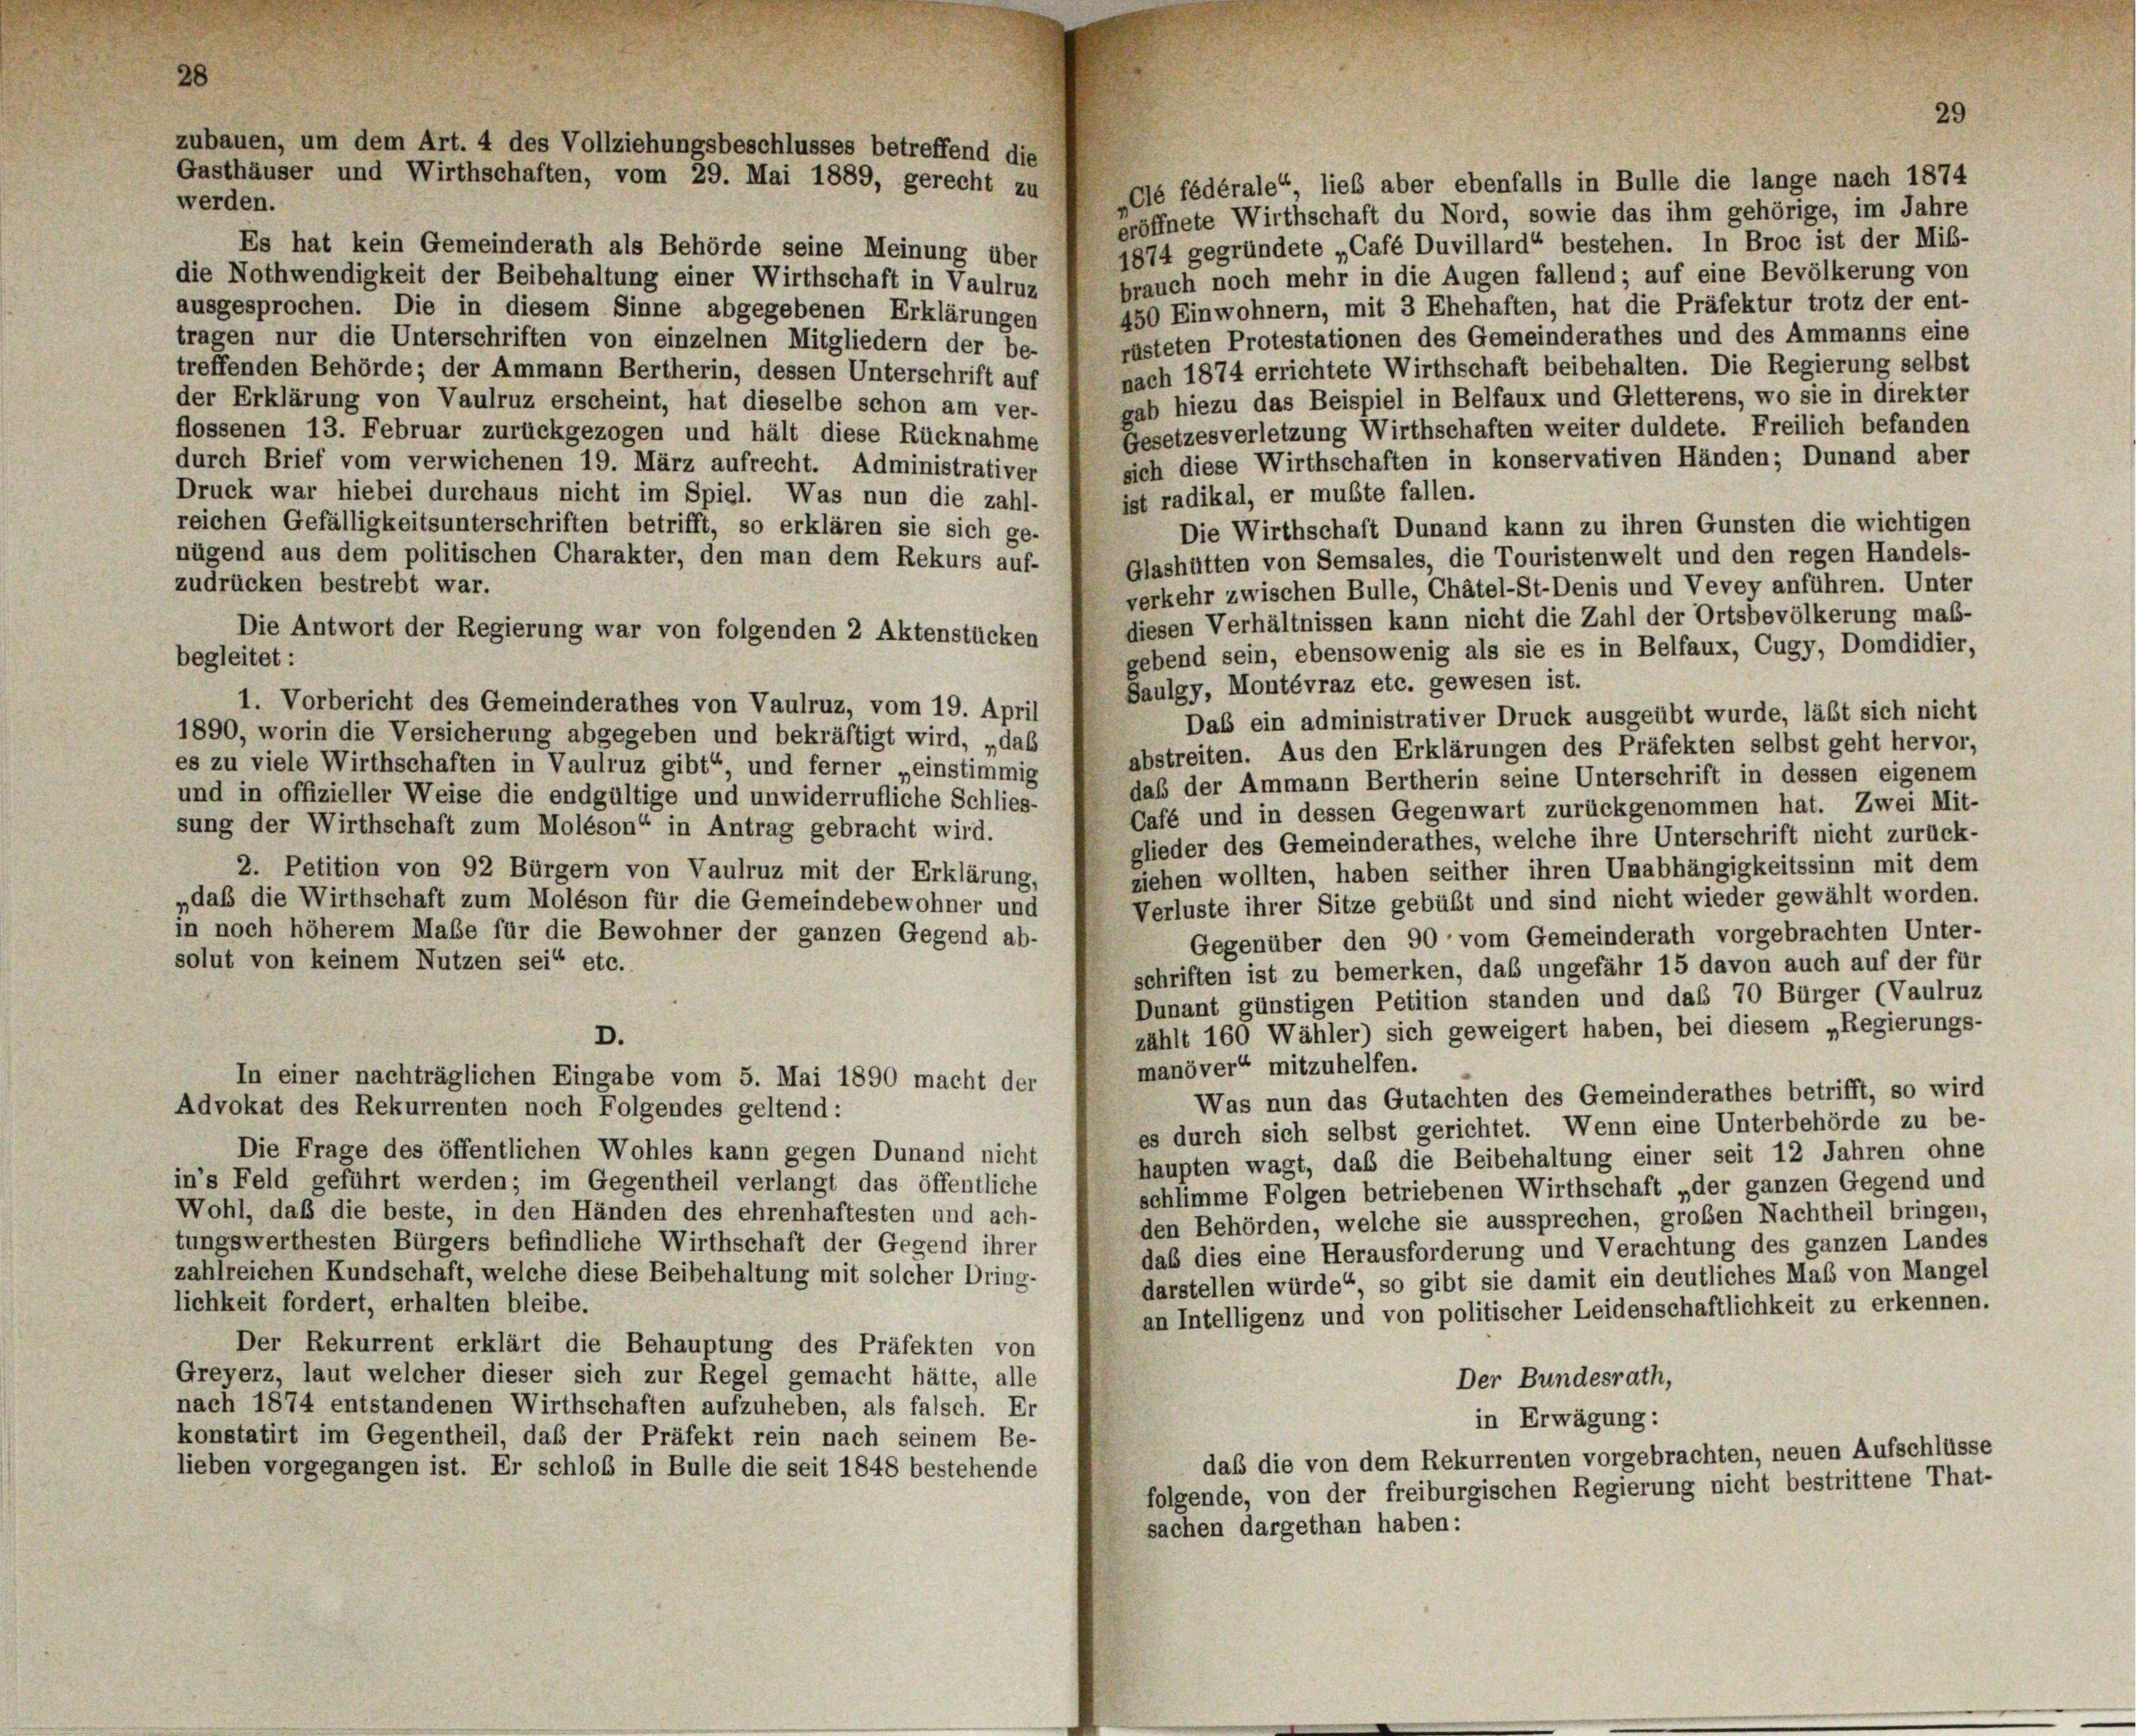
Clé fédérale“, lieb aber ebenfalls in Bulle die lange nach 1874
werden.
eröffnete Wirthschaft du Nord, sowie das ihm gehörige, im Jahre
1874 gegründete „Café Duvillard“ bestehen. In Broc ist der Miß-
Es hat kein Gemeinderath als Behörde seine Meinung über
brauch noch mehr in die Augen fallend; auf eine Bevölkerung von
die Nothwendigkeit der Beibehaltung einer Wirthschaft in Vaulruz
450 Einwohnern, mit 3 Ehehaften, hat die Präfektur trotz der ent-
ausgesprochen. Die in diesem Sinne abgegebenen Erklärungen
rüsteten Protestationen des Gemeinderathes und des Ammanns eine
tragen nur die Unterschriften von einzelnen Mitgliedern der be-
nach 1874 errichtete Wirthschaft beibehalten. Die Regierung selbst
treffenden Behörde; der Ammann Bertherin, dessen Unterschrift auf
gab hiezu das Beispiel in Belfaux und Gletterens, wo sie in direkter
der Erklärung von Vaulruz erscheint, hat dieselbe schon am ver-
Gesetzesverletzung Wirthschaften weiter duldete. Freilich befanden
flossenen 13. Februar zurückgezogen und hält diese Rücknahme
sich diese Wirthschaften in konservativen Händen; Dunand aber
durch Brief vom verwichenen 19. März aufrecht. Administrativer
Druck war hiebei durchaus nicht im Spiel. Was nun die zahl-
ist radikal, er mußte fallen.
reichen Gefälligkeitsunterschriften betrifft, so erklären sie sich ge-
Die Wirthschaft Dunand kann zu ihren Gunsten die wichtigen
nügend aus dem politischen Charakter, den man dem Rekurs auf-
Glashütten von Semsales, die Touristenwelt und den regen Handels-
zudrücken bestrebt war.
verkehr zwischen Bulle, Chätel-St-Denis und Vevey anführen. Unter
diesen Verhältnissen kann nicht die Zahl der Ortsbevölkerung maß-
Die Antwort der Regierung war von folgenden 2 Aktenstücken
gebend sein, ebensowenig als sie es in Belfaux, Cugy, Domdidier,
begleitet:
Saulgy, Montévraz etc. gewesen ist.
1. Vorbericht des Gemeinderathes von Vaulruz, vom 19. April
Das ein administrativer Druck ausgeübt wurde, läßt sich nicht
1890, worin die Versicherung abgegeben und bekräftigt wird, „daß
abstreiten. Aus den Erklärungen des Präfekten selbst geht hervor,
es zu viele Wirthschaften in Vaulruz gibt“ und ferner „einstimmig
daß der Ammann Bertherin seine Unterschrift in dessen eigenem
und in offizieller Weise die endgültige und unwiderrufliche Schlies-
Café und in dessen Gegenwart zurückgenommen hat. Zwei Mit-
sung der Wirthschaft zum Moléson“ in Antrag gebracht wird.
glieder des Gemeinderathes, welche ihre Unterschrift nicht zurück-
2. Petition von 92 Bürgern von Vaulruz mit der Erklärung,
ziehen wollten, haben seither ihren Unabhängigkeitssinn mit dem
„daß die Wirthschaft zum Moléson für die Gemeindebewohner und
Verluste ihrer Sitze gebüßt und sind nicht wieder gewählt worden.
in noch höherem Maße für die Bewohner der ganzen Gegend ab-
Gegenüber den 90 vom Gemeinderath vorgebrachten Unter-
solut von keinem Nutzen sei“ etc.
schriften ist zu bemerken, das ungefähr 15 davon auch auf der für
Dunant günstigen Petition standen und das 70 Bürger (Vaulruz
zählt 160 Wähler) sich geweigert haben, bei diesem „Regierungs-
D.
manöver“ mitzuhelfen.
In einer nachträglichen Eingabe vom 5. Mai 1890 macht der
Was nun das Gutachten des Gemeinderathes betrifft, so wird
Advokat des Rekurrenten noch Folgendes geltend:
es durch sich selbst gerichtet. Wenn eine Unterbehörde zu be-
Die Frage des öffentlichen Wohles kann gegen Dunand nicht
haupten wagt, daß die Beibehaltung einer seit 12 Jahren ohne
in’s Feld geführt werden; im Gegentheil verlangt das öffentliche
schlimme Folgen betriebenen Wirthschaft „der ganzen Gegend und
Wohl, daß die beste, in den Händen des ehrenhaftesten und ach-
den Behörden, welche sie aussprechen, großen Nachtheil bringen,
tungswerthesten Bürgers befindliche Wirthschaft der Gegend ihrer
das dies eine Herausforderung und Verachtung des ganzen Landes
zahlreichen Kundschaft, welche diese Beibehaltung mit solcher Dring
darstellen würde“ so gibt sie damit ein deutliches Maß von Mangel
lichkeit fordert, erhalten bleibe.
an Intelligenz und von politischer Leidenschaftlichkeit zu erkennen.
Der Rekurrent erklärt die Behauptung des Präfekten von
Greyerz, laut welcher dieser sich zur Regel gemacht hätte, alle
Der Bundesrath,
nach 1874 entstandenen Wirthschaften aufzuheben, als falsch. Er
in Erwägung:
konstatirt im Gegentheil, daß der Präfekt rein nach seinem Be-
daß die von dem Rekurrenten vorgebrachten, neuen Aufschlüsse
lieben vorgegangen ist. Er schloß in Bulle die seit 1848 bestehende
folgende, von der freiburgischen Regierung nicht bestrittene That-
sachen dargethan haben:

um dem Art. 4 des Vollziehungsbeschlusses betreffend die
Gasthäuser und Wirthschaften, vom 29. Mai 1889, gerecht zu